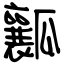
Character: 瓤